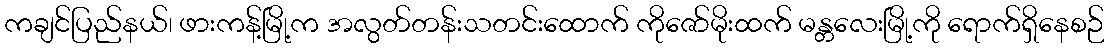
ကချင်ပြည်နယ်၊ ဖားကန့်မြို့က အလွတ်တန်းသတင်းထောက် ကိုဇော်မိုးထက် မန္တလေးမြို့ကို ရောက်ရှိနေစဉ်